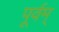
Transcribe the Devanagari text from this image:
पूर्वम्